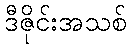
ဒီဇိုင်းအသစ်